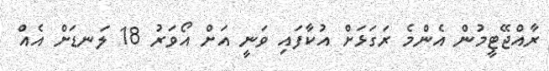
ރާއްޖޭޓީމުން އެންމެ ރަގަޅަށް އުކާފައި ވަނީ އަށް އޯވަރު 18 ލަނޑަށް އެއް